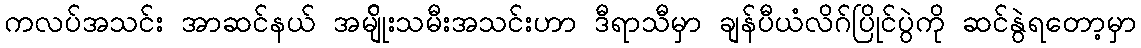
ကလပ်အသင်း အာဆင်နယ် အမျ်ိုးသမီးအသင်းဟာ ဒီရာသီမှာ ချန်ပီယံလိဂ်ပြိုင်ပွဲကို ဆင်နွဲရတော့မှာ